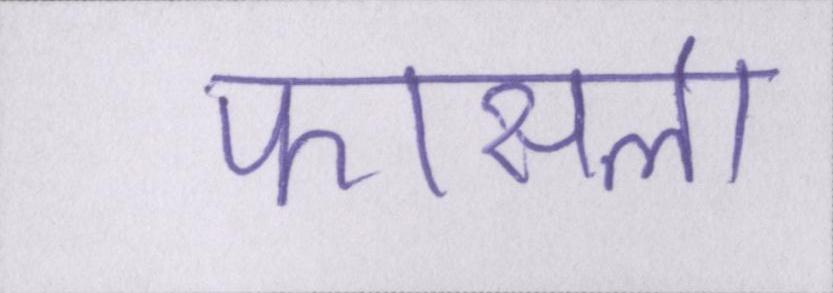
फासला